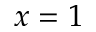
x = 1